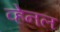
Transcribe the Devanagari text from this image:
व्हेनल